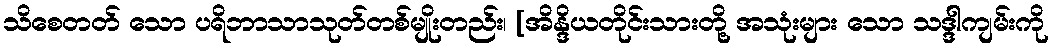
သိစေတတ် သော ပရိဘာသာသုတ်တစ်မျိုးတည်း၊ [အိန္ဒိယတိုင်းသားတို့ အသုံးများ သော သဒ္ဒါကျမ်းကို